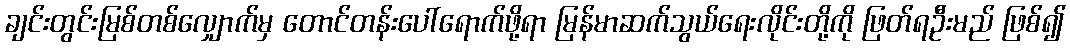
ချင်းတွင်းမြစ်တစ်လျှောက်မှ တောင်တန်းပေါ်ရောက်ဖို့ရာ မြန်မာဆက်သွယ်ရေးလိုင်းတို့ကို ဖြတ်ရဦးမည် ဖြစ်၍